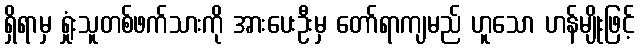
ရှိရာမှ ရှုံးသူတစ်ဖက်သားကို အားပေးဦးမှ တော်ရာကျမည် ဟူသော ဟန်မျိုးဖြင့်